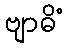
ဗျာဓိံ